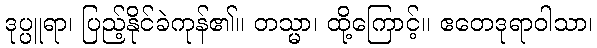
ဒုပ္ပူရာ၊ ပြည့်နိုင်ခဲကုန်၏။ တသ္မာ၊ ထို့ကြောင့်။ ဧတေဒုရာဝါသာ၊